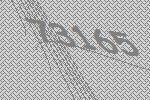
73165